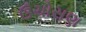
ઉચોસણ